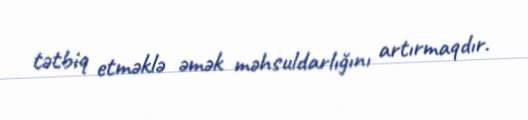
tətbiq etməklə əmək məhsuldarlığını artırmaqdır.